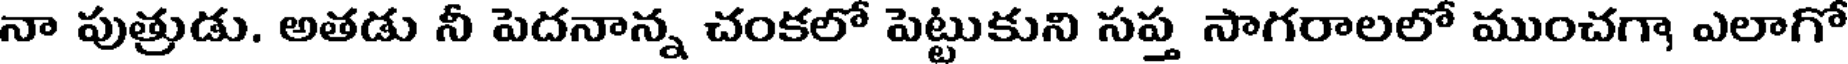
నా పుత్రుడు. అతడు నీ పెదనాన్న చంకలో పెట్టుకుని సప్త సాగరాలలో ముంచగా ఎలాగో